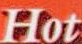
Hot